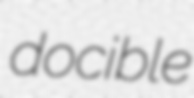
docible